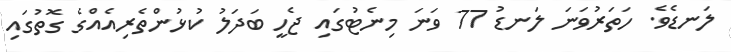
ލަނޑެވެ. ހަތަރުވަނަ ލަނޑު 77 ވަނަ މިނެޓުގައި ޖެހީ ބަދަލު ކުޅުންތެރިއެއްގެ ގޮތުގައި